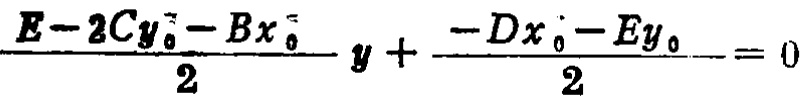
\frac{E - 2 C y_{0}^{2}-B x_{0}^{2}}{2}y+\frac{-D x_{0}-E y_{0}}{2}=0